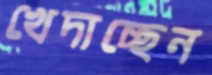
খেদাচ্ছেন